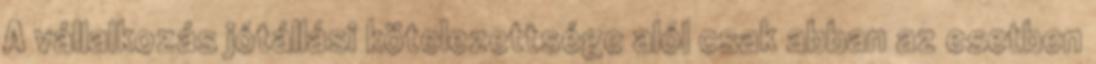
A vállalkozás jótállási kötelezettsége alól csak abban az esetben